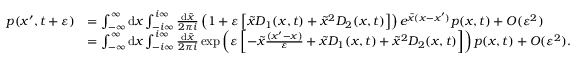
{ \begin{array} { r l } { p ( x ^ { \prime } , t + \varepsilon ) } & { = \int _ { - \infty } ^ { \infty } \mathrm { d } x \int _ { - i \infty } ^ { i \infty } { \frac { \mathrm { d } { \tilde { x } } } { 2 \pi i } } \left( 1 + \varepsilon \left[ { \tilde { x } } D _ { 1 } ( x , t ) + { \tilde { x } } ^ { 2 } D _ { 2 } ( x , t ) \right] \right) e ^ { { \tilde { x } } ( x - x ^ { \prime } ) } p ( x , t ) + O ( \varepsilon ^ { 2 } ) } \\ & { = \int _ { - \infty } ^ { \infty } \mathrm { d } x \int _ { - i \infty } ^ { i \infty } { \frac { \mathrm { d } { \tilde { x } } } { 2 \pi i } } \exp \left( \varepsilon \left[ - { \tilde { x } } { \frac { ( x ^ { \prime } - x ) } { \varepsilon } } + { \tilde { x } } D _ { 1 } ( x , t ) + { \tilde { x } } ^ { 2 } D _ { 2 } ( x , t ) \right] \right) p ( x , t ) + O ( \varepsilon ^ { 2 } ) . } \end{array} }